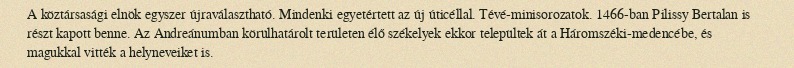
A köztársasági elnök egyszer újraválasztható. Mindenki egyetértett az új úticéllal. Tévé-minisorozatok. 1466-ban Pilissy Bertalan is részt kapott benne. Az Andreánumban körülhatárolt területen élő székelyek ekkor települtek át a Háromszéki-medencébe, és magukkal vitték a helyneveiket is.